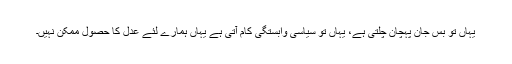
یہاں تو بس جان پہچان چلتی ہے، یہاں تو سیاسی وابستگی کام آتی ہے یہاں ہمارے لئے عدل کا حصول ممکن نہیں۔